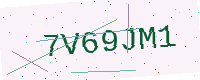
Text: 7V69JM1